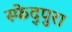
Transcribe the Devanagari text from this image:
स्फेद्पुरा